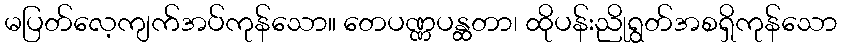
မပြတ်လေ့ကျက်အပ်ကုန်သော။ တေပဏ္ဏပန္ထတာ၊ ထိုပန်းညိုရွတ်အစရှိကုန်သော